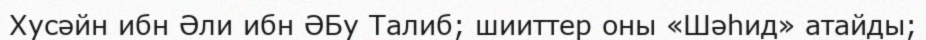
Хусәйн ибн Әли ибн ӘБу Талиб; шииттер оны «Шәһид» атайды;